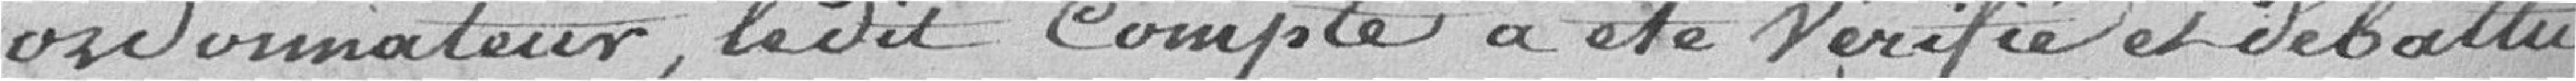
ordonnateur, le dit Compte a été vérifié et débattu